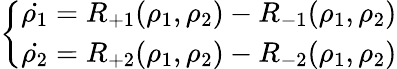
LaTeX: \left\{ \begin{array}{ll}{\dot{\rho_{1}}=R_{+1}(\rho_{1},\rho_{2})-R_{-1}(\rho_{1},\rho_{2})}\\ {\dot{\rho_{2}}=R_{+2}(\rho_{1},\rho_{2})-R_{-2}(\rho_{1},\rho_{2})}\end{array}\right.